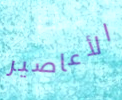
الأعاصير